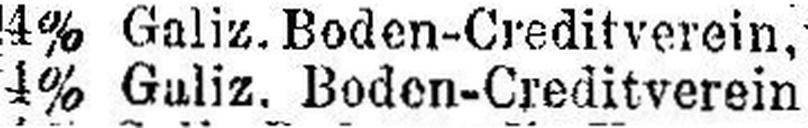
4% Galiz. Boden-Creditverein........